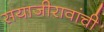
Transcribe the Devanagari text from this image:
सयाजीरावांची